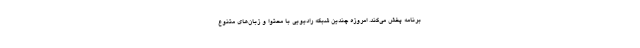
برنامه پخش می‌کند. امروزه چندین شبکه رادیویی با محتوا و زبان‌های متنوع